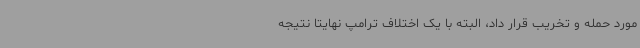
مورد حمله و تخریب قرار داد، البته با یک اختلاف ترامپ نهایتا نتیجه